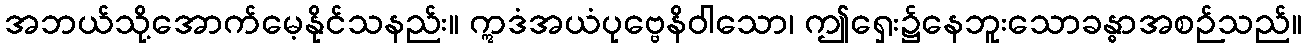
အဘယ်သို့အောက်မေ့နိုင်သနည်း။ ဣဒံအယံပုဗ္ဗေနိဝါသော၊ ဤရှေး၌နေဘူးသောခန္ဓာအစဉ်သည်။